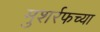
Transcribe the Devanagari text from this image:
मुशर्रफच्या